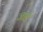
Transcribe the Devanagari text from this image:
जार्ड